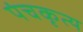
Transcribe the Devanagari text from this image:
पंचकृत्य